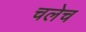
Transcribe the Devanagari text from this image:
चलेच